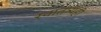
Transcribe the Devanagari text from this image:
स्वातंत्र्यही